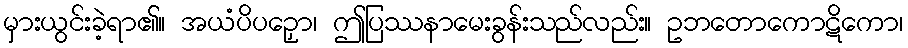
မှားယွင်းခဲ့ရာ၏။ အယံပိပဉှော၊ ဤပြဿနာမေးခွန်းသည်လည်း။ ဥဘတောကောဋိကော၊